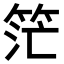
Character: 𥭎